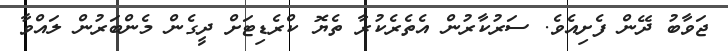
ޖަވާބު ދޭން ފެށިއެވެ. ސަރުކާރުން އެތެރެކުރާ ތެޔޮ ކްރެޑިޓަށް ދީގެން މެންބަރުން ލައްވާ